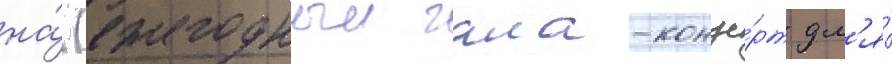
на́ (ежегодныи гала-конце́рт дл'я́